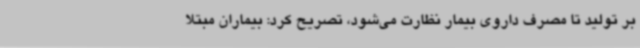
بر تولید تا مصرف داروی بیمار نظارت می‌شود، تصریح کرد: بیماران مبتلا